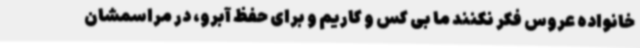
خانواده عروس فکر نکنند ما بی کس و کاریم و برای حفظ آبرو، در مراسمشان